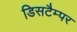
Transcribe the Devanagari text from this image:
डिसटैम्पर